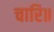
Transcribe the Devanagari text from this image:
चारि॥